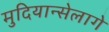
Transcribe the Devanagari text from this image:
मुदियान्सेलागे